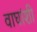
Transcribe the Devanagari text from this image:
वाघांशी